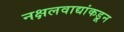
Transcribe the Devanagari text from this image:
नक्षलवाद्यांकडून